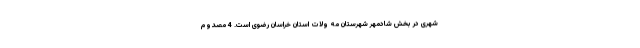
شهری در بخش شادمهر شهرستان مه ولات استان خراسان رضوی است. 4 مصدوم